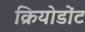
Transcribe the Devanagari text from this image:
क्रियोडोंट